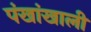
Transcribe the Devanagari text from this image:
पंखांखाली